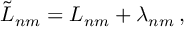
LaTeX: \tilde { L } _ { n m } = L _ { n m } + \lambda _ { n m } \, ,